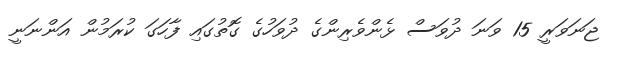
ޖަނަވަރީ 15 ވަނަ ދުވަސް ޅެންވެރިންގެ ދުވަހުގެ ގޮތުގައި ފާހަގަ ކުރަމުން އަންނަނީ